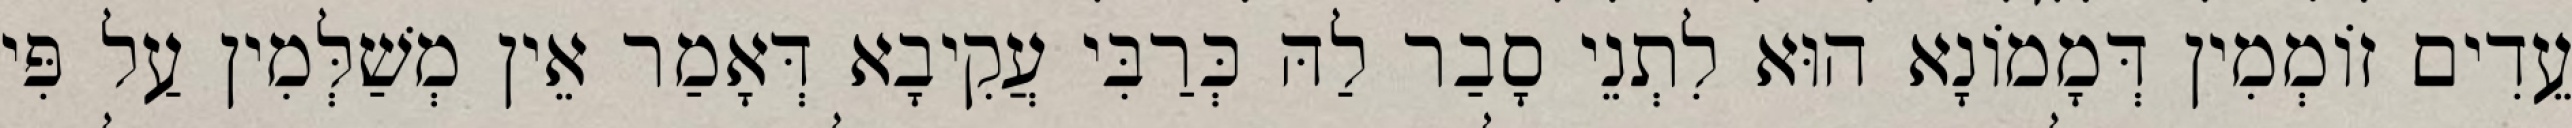
עֵדִים זוֹמְמִין דְּמָמוֹנָא הוּא לִתְנֵי סָבַר לַהּ כְּרַבִּי עֲקִיבָא דְּאָמַר אֵין מְשַׁלְּמִין עַל פִּי